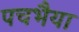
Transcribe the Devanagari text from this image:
पचभैया